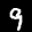
Label: 9